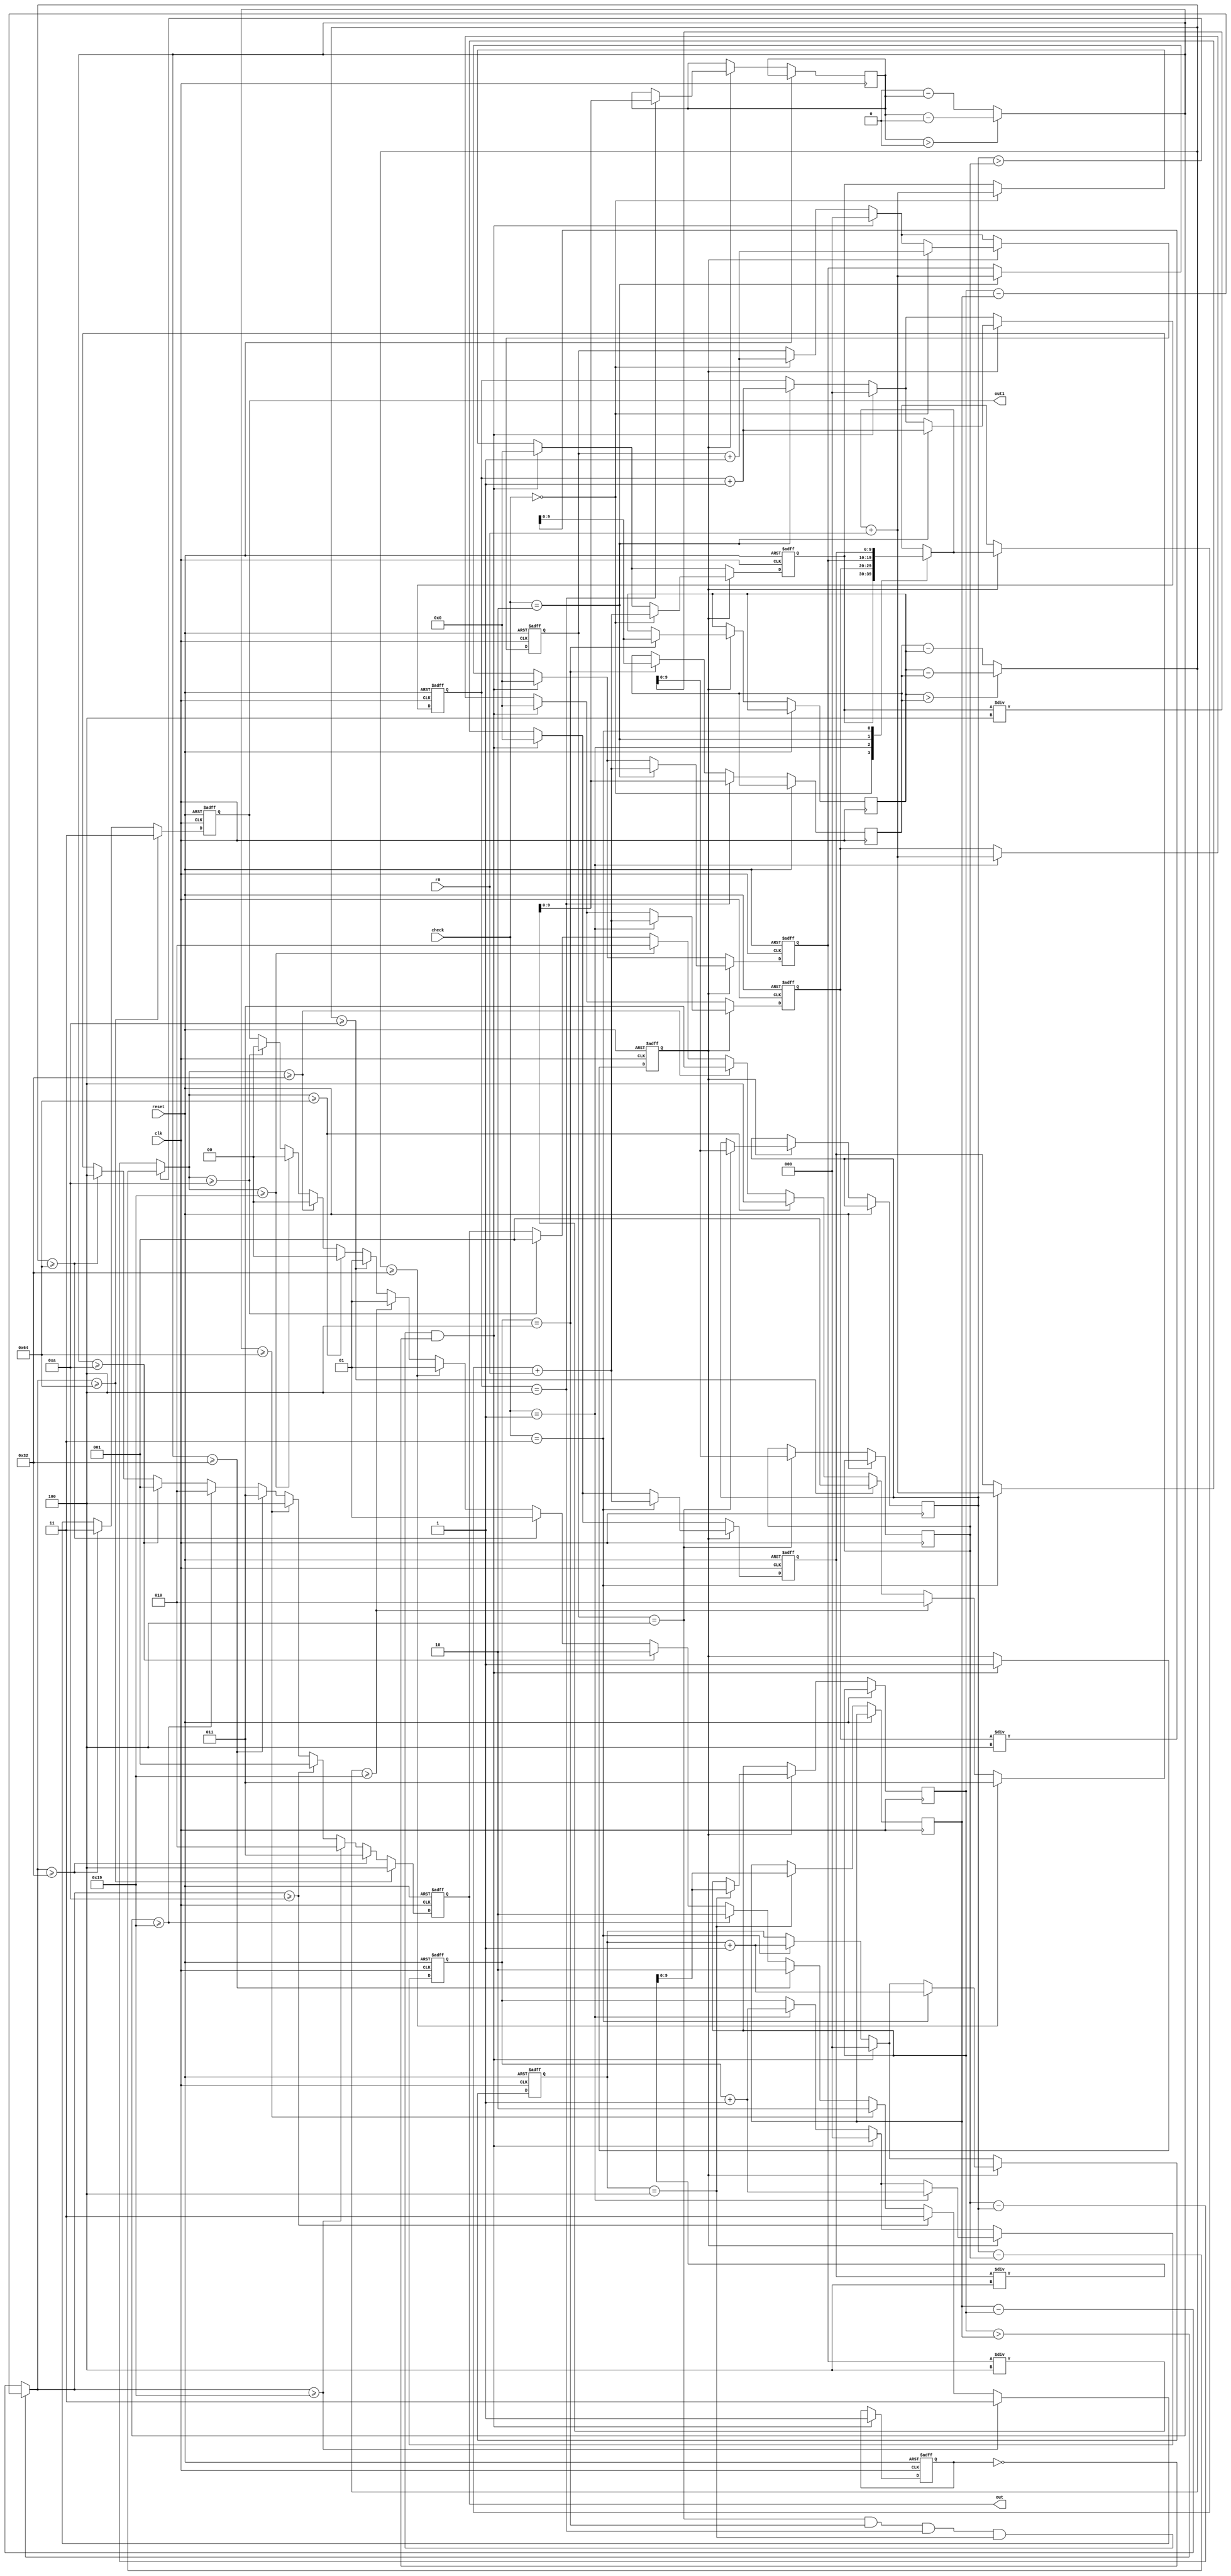
module fault_pro(
    input [7:0] r0,
    input [1:0] check,
    input reset,
    input clk,
    output reg [2:0] out,
    output reg [1:0] out1
   
);

reg [9:0] proc;
reg [2:0] counter1 = 3'b0;
reg [2:0] counter2 = 3'b0;
reg [2:0] counter3 = 3'b0;
reg [2:0] counter4 = 3'b0;
reg maincount = 1'b0;
reg fin = 1'b0;

reg [9:0] diff1=10'b0;  
reg [9:0] diff2=10'b0;
reg [9:0] diff3=10'b0;
reg [9:0] diff4=10'b0;

//data storing registers
reg [9:0] r1=10'b0;  
reg [9:0] r2=10'b0;
reg [9:0] r3=10'b0;
reg [9:0] r4=10'b0;

//1st 4 set mean values
reg [9:0] m1=10'b0;
reg [9:0] m2=10'b0;
reg [9:0] m3=10'b0;
reg [9:0] m4=10'b0;

//2nd 4 set mean values
reg [9:0] w1=10'b0;
reg [9:0] w2=10'b0;
reg [9:0] w3=10'b0;
reg [9:0] w4=10'b0;

always @(posedge clk or posedge reset) begin
    if (reset) begin
        r1 <= 10'b0;
        r2 <= 10'b0;
        r3 <= 10'b0;
        r4 <= 10'b0;
        counter1 <= 3'b0;
        counter2 <= 3'b0;
        counter3 <= 3'b0;
        counter4 <= 3'b0;
        maincount <= 1'b0;
        fin <= 1'b0;
        out <= 3'b0;
        out1 <= 2'b0;
    end else begin
        case (check)
            2'b00: begin
                proc = r1;
                counter1 <= counter1 + 1;
            end
            2'b01: begin
                proc = r2;
                counter2 <= counter2 + 1;
            end
            2'b10: begin
                proc = r3;
                counter3 <= counter3 + 1;
            end
            2'b11: begin
                proc = r4;
                counter4 <= counter4 + 1;
            end
        endcase
      
        case (check)
            2'b00: r1 <= proc + r0;
            2'b01: r2 <= proc + r0;
            2'b10: r3 <= proc + r0;
            2'b11: r4 <= proc + r0;
        endcase
        if (counter1 == 4) begin    //checking whether sum of 4 data was calculated 
          m1 <= r1/4;
                                    //calculating the mean of the 4 datas  
        end
        if (counter2 == 4) begin
          m2 <= r2/4;
        end
        if (counter3 == 4) begin
          m2 <= r3/4;
        end
        if (counter4 == 4) begin
          m4 <= r4/4;
        end
        
        if (counter1 == 4 && counter2 == 4 && counter3 == 4 && counter4 == 4 && !maincount) begin
            maincount <= 1'b1;
            r1 <= 10'b0;
            r2 <= 10'b0;
            r3 <= 10'b0;
            r4 <= 10'b0;
            counter1 <= 3'b0;
            counter2 <= 3'b0;
            counter3 <= 3'b0;
            counter4 <= 3'b0;
            fin <= 1'b1;
        end
        
        // calculating mean of next 4 set datas
        if (fin) begin
            case (check)
                2'b00: begin
                    proc = r1;
                    counter1 <= counter1 + 1;
                end
                2'b01: begin
                    proc = r2;
                    counter2 <= counter2 + 1;
                end
                2'b10: begin
                    proc = r3;
                    counter3 <= counter3 + 1;
                end
                2'b11: begin
                    proc = r4;
                    counter4 <= counter4 + 1;
                end
            endcase
            
            case (check)
                2'b00: r1 <= proc + r0;
                2'b01: r2 <= proc + r0;
                2'b10: r3 <= proc + r0;
                2'b11: r4 <= proc + r0;
            endcase
            
            if (counter1 == 4) begin
                w1 <= r1/4;
                
            end
            if (counter2 == 4) begin
                w2 <= r2/4;
            end
            if (counter3 == 4) begin
                w3 <= r3/4;
            end
            if (counter4 == 4) begin
                w4 <= r4/4;
                
            end
        end
        
        diff1 = (w1 > m1) ? (w1 - m1) : (m1 - w1);
        diff2 = (w2 > m2) ? (w2 - m2) : (m2 - w2);
        diff3 = (w3 > m3) ? (w3 - m3) : (m3 - w3);
        diff4 = (w4 > m4) ? (w4 - m4) : (m4 - w4);
            
        if(diff1 >= 100) begin
          out <= 3'b100;
          out1 <= 2'b00;
        end
      else if(diff1 >= 50) begin
          out <= 3'b011;
          out1 <= 2'b00;
        end
      else if(diff1 >= 25) begin
          out <= 3'b010;
          out1 <= 2'b00;
        end
      else if(diff1 >= 10) begin
          out <= 3'b001;
          out1 <= 2'b00;
        end
        if(diff2 >= 100) begin
          out <= 3'b100;
          out1 <= 2'b01;
        end
      else if(diff2 >= 50) begin
          out <= 3'b011;
          out1 <= 2'b01;
        end
      else if(diff2 >= 25) begin
          out <= 3'b010;
          out1 <= 2'b01;
        end
      else if(diff2 >= 10) begin
          out <= 3'b001;
          out1 <= 2'b01;
        end
        if(diff3 >= 100) begin
          out <= 3'b100;
          out1 <= 2'b10;
        end
      else if(diff3 >= 50) begin
          out <= 3'b011;
          out1 <= 2'b10;
        end
      else if(diff3 >= 25) begin
          out <= 3'b010;
          out1 <= 2'b10;
        end
      else if(diff3 >= 10) begin
          out <= 3'b001;
          out1 <= 2'b10;
        end
        if(diff4 >= 100) begin
          out <= 3'b100;
          out1 <= 2'b11;
        end
      else if(diff4 >= 50) begin
          out <= 3'b011;
          out1 <= 2'b11;
        end
      else if(diff4 >= 25) begin
          out <= 3'b010;
          out1 <= 2'b11;
        end
      else if(diff4 >= 10) begin
          out <= 3'b001;
          out1 <= 2'b11;
        end
        
        end
        end
endmodule